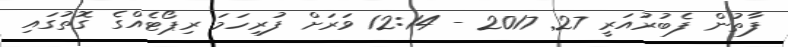
ފާތުން ފެބުރުއަރީ 27